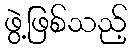
ဖွဲ့ဖြစ်သည့်